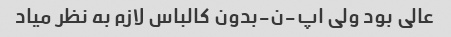
عالی بود ولی اپ-ن-بدون کالباس لازم به نظر میاد